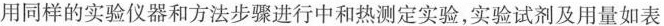
用同样的实验仪器和方法步骤进行中和热测定实验，实验试剂及用量如表